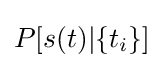
P[s(t)|\{t_{i}\}]